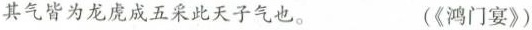
其气皆为龙虎成五采此天子气也。 (《鸿门宴》)